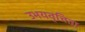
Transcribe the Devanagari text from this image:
उभयवृत्तिता